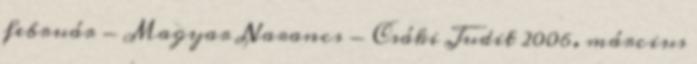
február - Magyar Narancs - Csáki Judit 2006. március